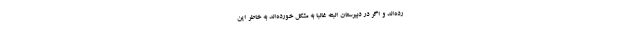
رده‌اند و اگر در دبیرستان البته غالباً به مشکل خورده‌اند به خاطر این